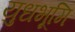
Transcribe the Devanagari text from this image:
युधभूमि